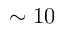
\sim 1 0